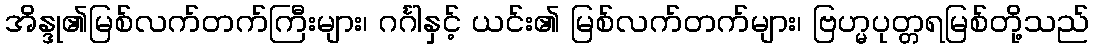
အိန္ဒု၏မြစ်လက်တက်ကြီးများ၊ ဂင်္ဂါနှင့် ယင်း၏ မြစ်လက်တက်များ၊ ဗြဟ္မပုတ္တရမြစ်တို့သည်